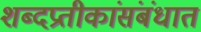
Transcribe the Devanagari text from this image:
शब्दप्रतीकांसंबंधात